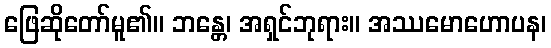
ဖြေဆိုတော်မူ၏။ ဘန္တေ၊ အရှင်ဘုရား။ အဿမောဟောပန၊